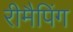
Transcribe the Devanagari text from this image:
रीमैपिंग